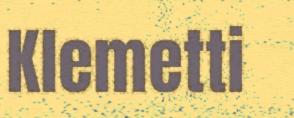
Klemetti